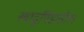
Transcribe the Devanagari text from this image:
स्वादुपिंडातील